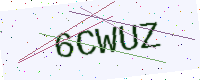
Text: 6CWUZ